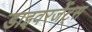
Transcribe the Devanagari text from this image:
डाइवरजेंट्स